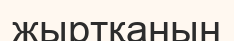
жыртқанын